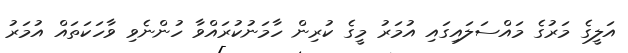
އަލީގެ މަރުގެ މައްސަލައިގައި އުމަރު މީގެ ކުރިން ހާމަނުކުރައްވާ ހުންނެވި ވާހަކަތައް އުމަރު